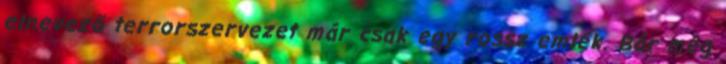
elnevező terrorszervezet már csak egy rossz emlék. Bár még